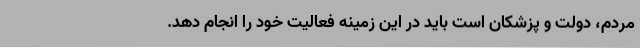
مردم، دولت و پزشکان است باید در این زمینه فعالیت خود را انجام دهد.